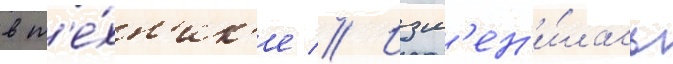
в т'е́хн'ик'е // Изм'ен'и́лась